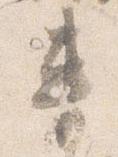
車